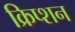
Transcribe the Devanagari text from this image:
क्रिप्शन